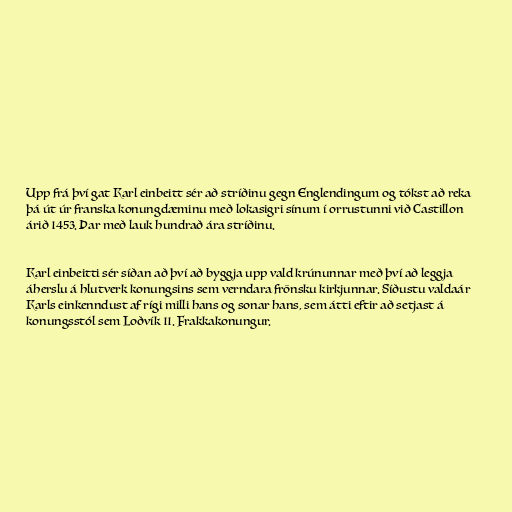
Upp frá því gat Karl einbeitt sér að stríðinu gegn Englendingum og tókst að reka
þá út úr franska konungdæminu með lokasigri sínum í orrustunni við Castillon
árið 1453. Þar með lauk hundrað ára stríðinu.

Karl einbeitti sér síðan að því að byggja upp vald krúnunnar með því að leggja
áherslu á hlutverk konungsins sem verndara frönsku kirkjunnar. Síðustu valdaár
Karls einkenndust af rígi milli hans og sonar hans, sem átti eftir að setjast á
konungsstól sem Loðvík 11. Frakkakonungur.